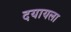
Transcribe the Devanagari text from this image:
दयायला